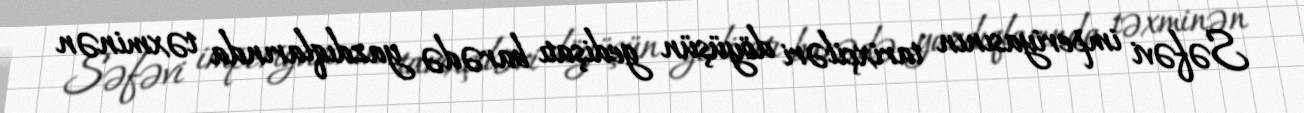
Səfəvi imperiyasının tarixçiləri döyüşün gedişatı barədə yazdıqlarında təxminən